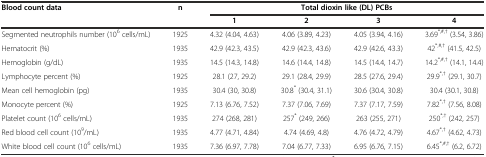
| <ROWSPAN=2> Blood count data | <ROWSPAN=2> n | <COLSPAN=4> Total dioxin like (DL) PCBs |
 | 1 | 2 | 3 | 4 |
 | --- | --- | --- | --- | --- | --- |
 | Segmented neutrophils number (106 cells/mL) | 1925 | 4.32 (4.04, 4.63) | 4.06 (3.89, 4.23) | 4.05 (3.94, 4.16) | 3.69*,#,† (3.54, 3.86) |
 | Hematocrit (%) | 1935 | 42.9 (42.3, 43.5) | 42.9 (42.3, 43.6) | 42.9 (42.6, 43.3) | 42*,#,† (41.5, 42.5) |
 | Hemoglobin (g/dL) | 1935 | 14.5 (14.3, 14.8) | 14.6 (14.4, 14.8) | 14.5 (14.4, 14.7) | 14.2*,#,† (14.1, 14.4) |
 | Lymphocyte percent (%) | 1925 | 28.1 (27, 29.2) | 29.1 (28.4, 29.9) | 28.5 (27.6, 29.4) | 29.9*,† (29.1, 30.7) |
 | Mean cell hemoglobin (pg) | 1935 | 30.4 (30, 30.8) | 30.8* (30.4, 31.1) | 30.6 (30.4, 30.8) | 30.4 (30.1, 30.8) |
 | Monocyte percent (%) | 1925 | 7.13 (6.76, 7.52) | 7.37 (7.06, 7.69) | 7.37 (7.17, 7.59) | 7.82*,† (7.56, 8.08) |
 | Platelet count (106 cells/mL) | 1935 | 274 (268, 281) | 257* (249, 266) | 263 (255, 271) | 250*,† (242, 257) |
 | Red blood cell count (109/mL) | 1935 | 4.77 (4.71, 4.84) | 4.74 (4.69, 4.8) | 4.76 (4.72, 4.79) | 4.67*,† (4.62, 4.73) |
 | White blood cell count (106 cells/mL) | 1935 | 7.36 (6.97, 7.78) | 7.04 (6.77, 7.33) | 6.95 (6.76, 7.15) | 6.45*,#,† (6.2, 6.72) |